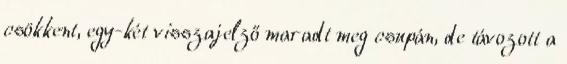
csökkent, egy-két visszajelző maradt meg csupán, de távozott a